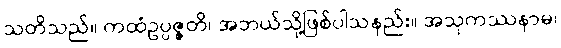
သတိသည်။ ကထံဥပ္ပဇ္ဇတိ၊ အဘယ်သို့ဖြစ်ပါသနည်း။ အသုကဿနာမ၊